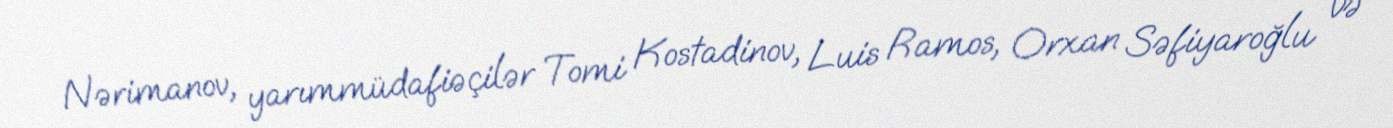
Nərimanov, yarımmüdafiəçilər Tomi Kostadinov, Luis Ramos, Orxan Səfiyaroğlu və